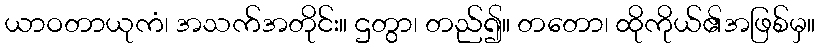
ယာဝတာယုကံ၊ အသက်အတိုင်း။ ဌတွာ၊ တည်၍။ တတော၊ ထိုကိုယ်၏အဖြစ်မှ။